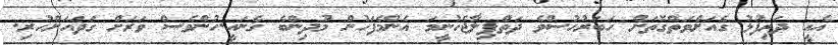
އެއީ ދަރިފުޅު ގެއަށްވަތްގޮތަށް ހަބަރުހުސްވެ ދަތްޕިލާޖެހުނީމަ އެންމެފަހުން މުދިންބެ ގެނައީ.ހުންވެސް ވަރަށް ގަދައަށްހުރި.